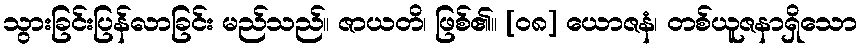
သွားခြင်းပြန်လာခြင်း မည်သည်။ ဇာယတိ၊ ဖြစ်၏။ [၀၈] ယောဇနံ၊ တစ်ယူဇနာရှိသော